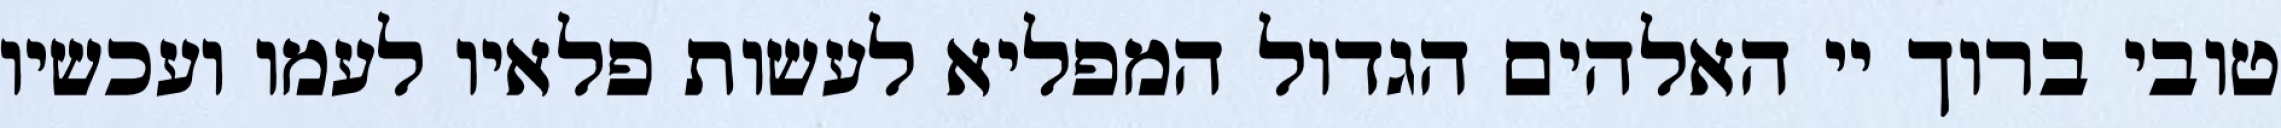
טובי ברוך יי האלהים הגדול המפליא לעשות פלאיו לעמו ועכשיו